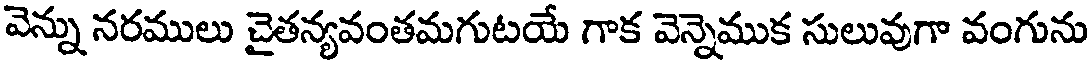
వెన్ను నరములు చైతన్యవంతమగుటయే గాక వెన్నెముక సులువుగా వంగును